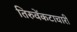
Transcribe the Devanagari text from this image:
तिरुवेंकटाचारी